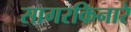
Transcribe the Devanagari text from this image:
सागरकिनारे